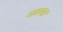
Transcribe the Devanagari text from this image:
खाल्‍ला